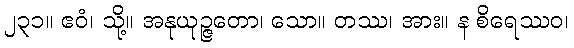
၂၃၁။ ဧဝံ၊ သို့။ အနုယုဉ္ဇတော၊ သော။ တဿ၊ အား။ န စိရေဿဝ၊